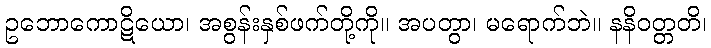
ဥဘောကောဋိယော၊ အစွန်းနှစ်ဖက်တို့ကို။ အပတွာ၊ မရောက်ဘဲ။ နနိဝတ္တတိ၊